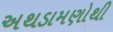
અથડામણોથી